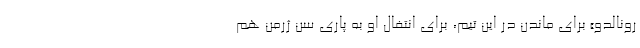
رونالدو» برای ماندن در این تیم، برای انتفال او به پاری سن ژرمن هم